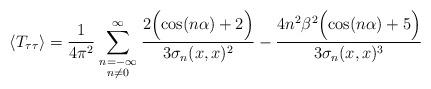
LaTeX: \begin{align*}\langle T_{\tau\tau}\rangle = {1\over4\pi^2}\sum_{\scriptstyle n=-\infty\atop\scriptstyle n\ne0}^\infty{2\Bigl(\cos(n\alpha) + 2\Bigr)\over3\sigma_n(x,x)^2} -{4n^2\beta^2\Bigl(\cos(n\alpha)+5\Bigr)\over3\sigma_n(x,x)^3}\end{align*}